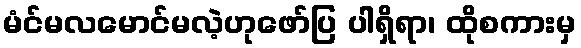
မံင်မလမောင်မလဲ့ဟုဖော်ပြ ပါရှိရာ၊ ထိုစကားမှ